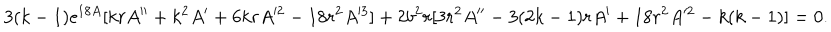
3 ( k - 1 ) \mathrm { e } ^ { 1 8 A } [ k r A ^ { \prime \prime } + k ^ { 2 } A ^ { \prime } + 6 k r A ^ { 2 } - 1 8 r ^ { 2 } A ^ { 3 } ] + 2 b ^ { 2 } r [ 3 r ^ { 2 } A ^ { \prime \prime } - 3 ( 2 k - 1 ) r A ^ { \prime } + 1 8 r ^ { 2 } A ^ { 2 } - k ( k - 1 ) ] = 0 .